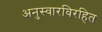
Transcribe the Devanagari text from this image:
अनुस्वारविरहित